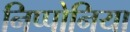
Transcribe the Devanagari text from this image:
निप्पोनिया